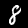
Digit: 8